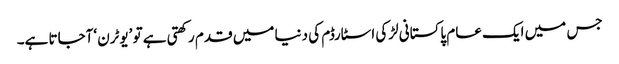
جس میں ایک عام پاکستانی لڑکی اسٹارڈم کی دنیا میں قدم رکھتی ہے تو ’یوٹرن ‘آجاتا ہے۔